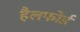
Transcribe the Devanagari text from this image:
हैलफोर्ड